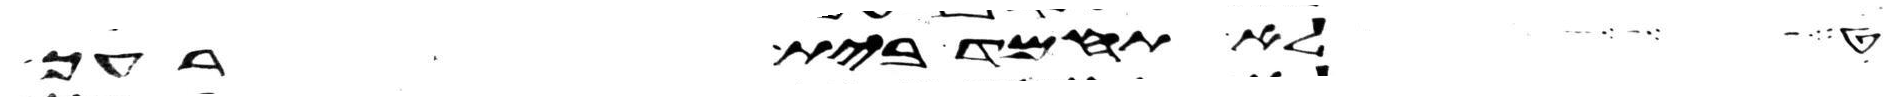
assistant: לא תחמד בית רעך